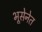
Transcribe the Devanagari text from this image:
भूसेनेत